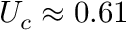
U _ { c } \approx 0 . 6 1